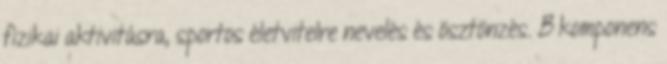
fizikai aktivitásra, sportos életvitelre nevelés és ösztönzés. B komponens